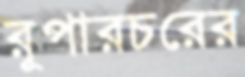
রূপারচরের